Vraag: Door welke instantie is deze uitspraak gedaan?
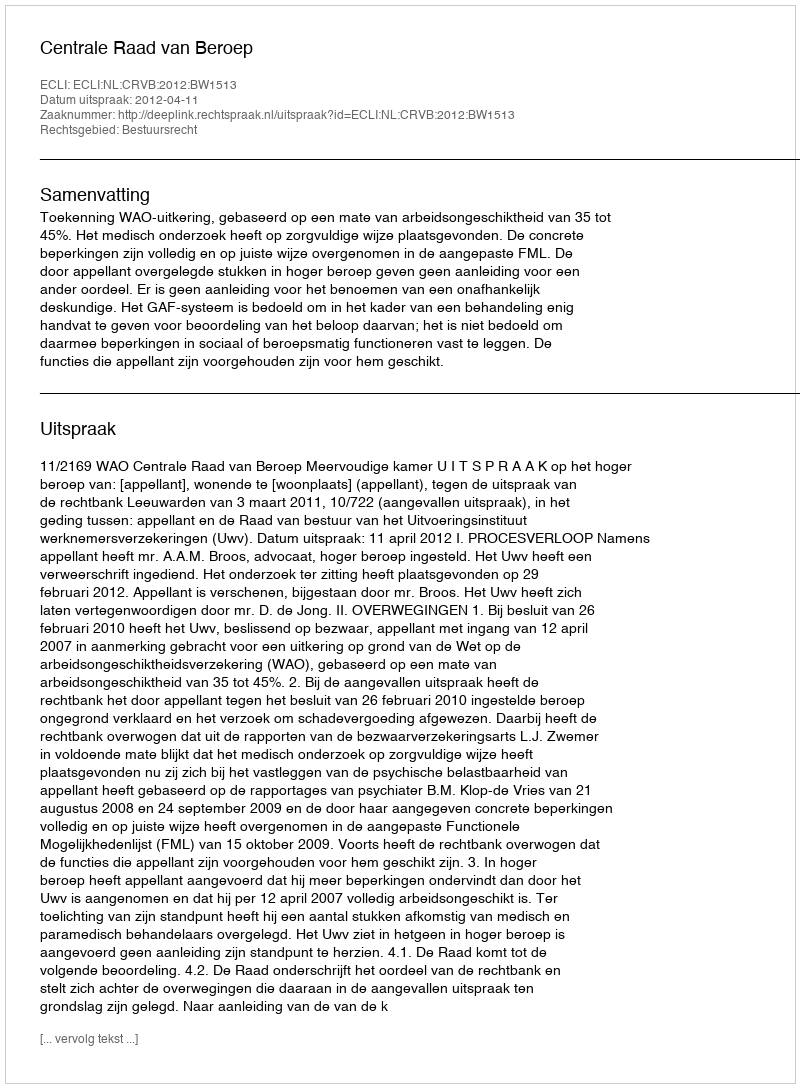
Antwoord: Centrale Raad van Beroep